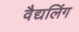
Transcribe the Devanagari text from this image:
वैद्यलिंग